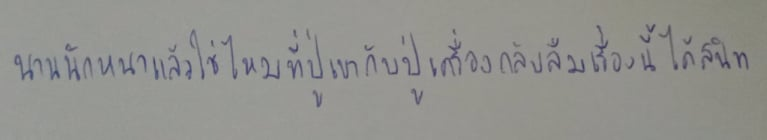
นานนักหนาแล้วใช่ไหมที่ปู่เขากับปู่เครื่องกลับลืมเรื่องนี้ได้สนิท